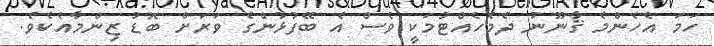
ހަމަ އެހެންމެ ޤާނޫނު ދެމެހެއްޓުމަކީ ވެސް އެ ބޭފުޅުންގެ ވަރަށް ބޮޑު ޒިންމާއެކެވެ.